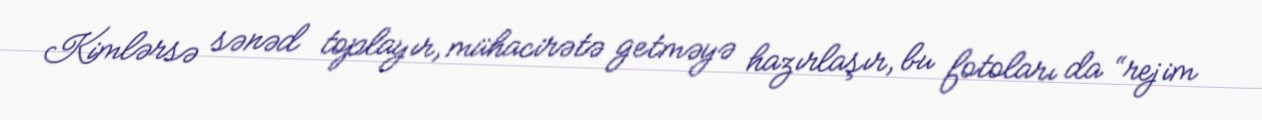
Kimlərsə sənəd toplayır, mühacirətə getməyə hazırlaşır, bu fotoları da “rejim